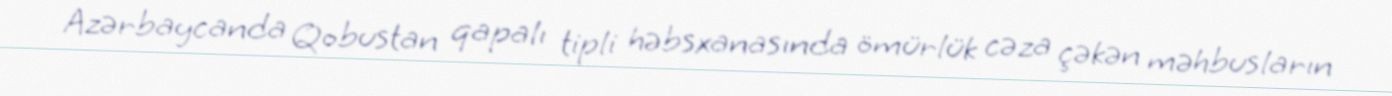
Azərbaycanda Qobustan qapalı tipli həbsxanasında ömürlük cəza çəkən məhbusların